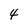
Character: 4